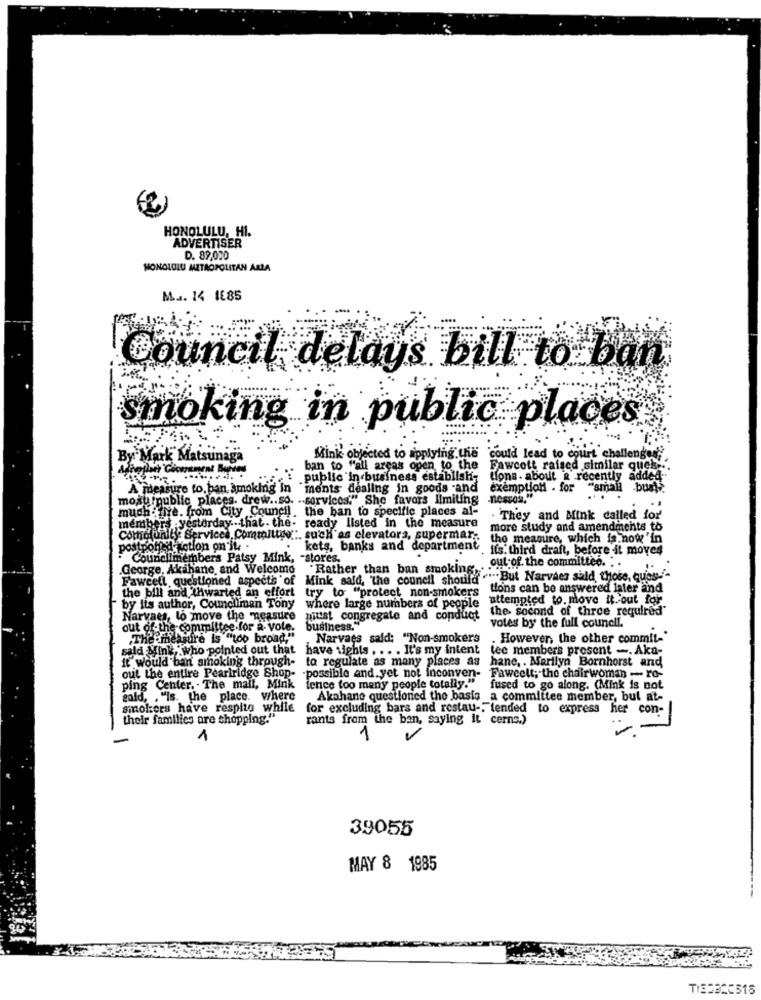
HONOLULU, H1.
ADVERTISER
D. 89,000
HONOLULU METROPOLITAN ARLA
M ... 14 1885
Council delays bill to ban
smoking in public places
By Mark Matsunaga
Mink objected to applying the
"could lead to court challenges
ban to "all areas open to the
Fawcett raised similar quek.
: public in business establish-
tions . about & recently added
A measure to ban Smoking in "ments dealing in goods and
exemption . for "small bus))
mosurpublic places. drew .. so. .- services." She favors Ilmiting nossos."
muchfive. from City Council, the ban to specific places al-
. They and Mink called for
members yesterday .that - the- ready listed in the measure
more study and amendments to
Cornelunity Services, Commilthe :. such as elevators, supermar ..
the measure, which is now 'in
postpohled action on it -
kets, banks and department its. third draft, before it moves
Councilmembers Patsy Mink, - stores.
George, Akahane and Welcome .Rather than ban smoking,
out of the committee. . .
Fawcett questioned aspectis of
Mink said, "the council should """""But Narvaes said, those, quies-"-
the bill and thwarted an effort try to "protect non-smokers
tions can be answered later and
where large numbers of people attempted to. move it out for-
by its author, Councilman Tony
the second of three required"
Narvaes, lo move the measure piuist congregate and conduct
out of the committee for a vote.
business.""
votes by the full council.
The measure is "too broad,"
Narvaes sald: "Non-smokers
. However, the other commit-"
sald Mink, who pointed out that
have sights . .. . It's my intent
tee members present -. Aka-
it would ban smoking through-
to regulate as many places as
hane, . Marilyn Bornhorst and
out the entire Pearlridge Shop- - possible and.yet not Inconven-
Fawcett; the chairwoman - ro-
ping Center. . The mail, Mink
fence too many people totally."
fused to go along. (Mink is not
gold, . "Is. the place. where
Akahane questioned the basis _a committee member, bul at-
smokers have respitg while
for excluding bars and restau-"tended to express her con-
their families are shopping."
rants from the ban, saying it cerns.)
1
1
39055
MAY & 1985